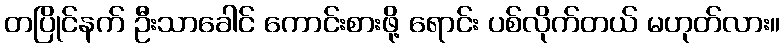
တပြိုင်နက် ဦးသာခေါင် ကောင်းစားဖို့ ရောင်း ပစ်လိုက်တယ် မဟုတ်လား။